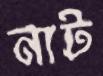
নাট